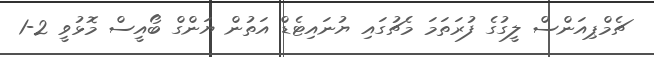
ޗެމްޕިއަންސް ލީގުގެ ފުރަތަމަ މެޗުގައި ޔުނައިޓެޑް އަތުން ޔަންގް ބޯއީސް މޮޅުވީ 2-1